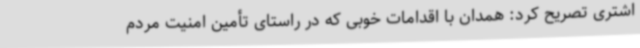
اشتری تصریح کرد: همدان با اقدامات خوبی که در راستای تأمین امنیت مردم